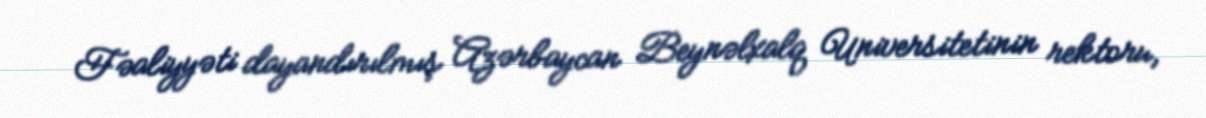
Fəaliyyəti dayandırılmış Azərbaycan Beynəlxalq Universitetinin rektoru,